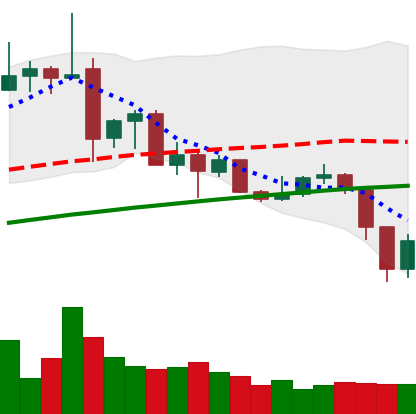
Ticker: ADA-USD
Chart end date: 2019-07-12
Forward return: -20.809%
Label: down_7plus